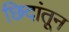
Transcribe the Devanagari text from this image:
छिदांतून